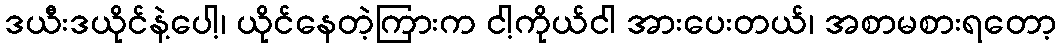
ဒယီးဒယိုင်နဲ့ပေါ့၊ ယိုင်နေတဲ့ကြားက ငါ့ကိုယ်ငါ အားပေးတယ်၊ အစာမစားရတော့